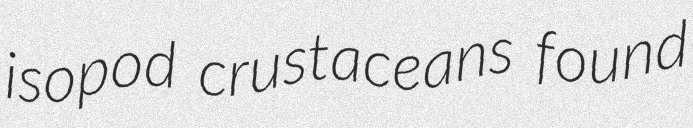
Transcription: isopod crustaceans found